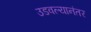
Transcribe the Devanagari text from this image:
उडवल्यानंतर